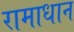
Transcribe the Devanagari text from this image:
रामाधान